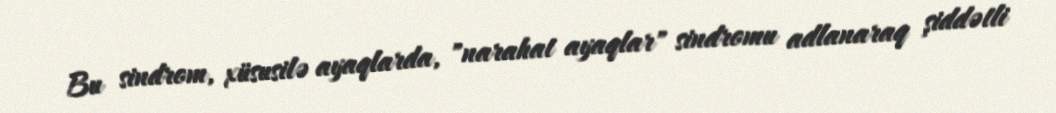
Bu sindrom, xüsusilə ayaqlarda, "narahat ayaqlar" sindromu adlanaraq şiddətli